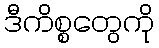
ဒီကိစ္စတွေကို